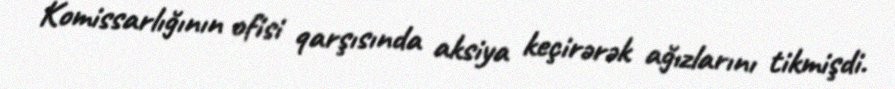
Komissarlığının ofisi qarşısında aksiya keçirərək ağızlarını tikmişdi.